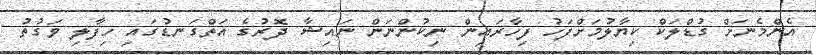
އެންމެނަށް ގުޑްލަކް ކިޔާލުމަށްފަހު ފިހާރައިން ނިކުންނަން ނައިޝާ ދޮރުގެ އަތްގަނޑުގައި ހިފާލި ވަގުތު